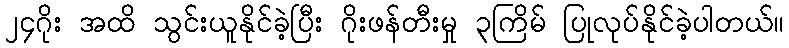
၂၄ဂိုး အထိ သွင်းယူနိုင်ခဲ့ပြီး ဂိုးဖန်တီးမှု ၃ကြိမ် ပြုလုပ်နိုင်ခဲ့ပါတယ်။